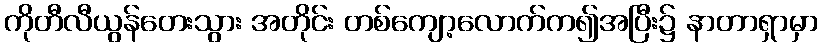
ကိုတီလီယွန်တေးသွား အတိုင်း တစ်ကျော့လောက်က၍အပြီး၌ နာတာရှာမှာ